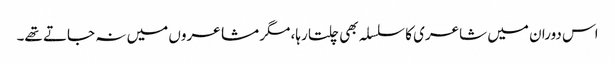
اس دوران میں شاعری کا سلسلہ بھی چلتا رہا، مگر مشاعروں میں نہ جاتے تھے۔